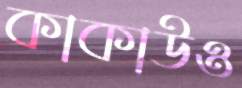
কাকাউও